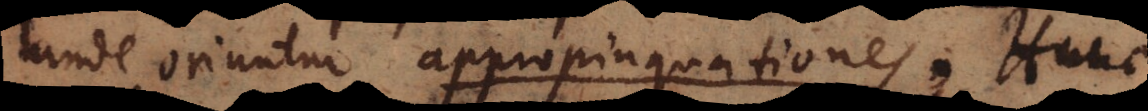
unde oriuntur appropinquationes. Huc